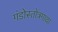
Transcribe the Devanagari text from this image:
गंडोस्तोत्रगाथा